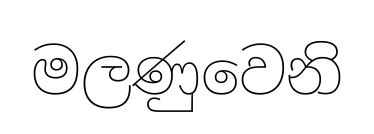
මලණුවෙනි